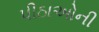
પીઠાઓની